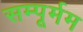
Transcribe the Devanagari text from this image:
सम्पूर्मम